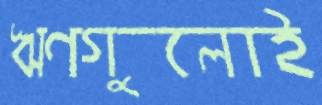
ঋণগুলোই